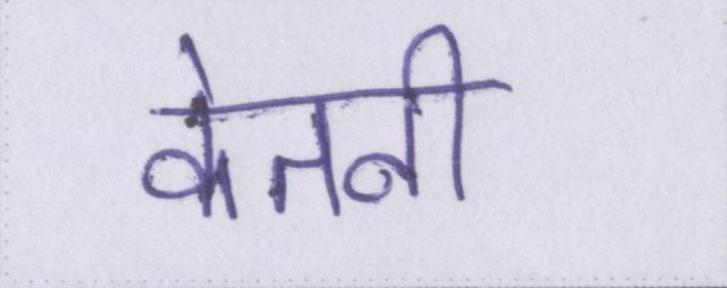
केतनी